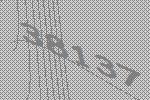
38137